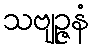
သဗျဉ္ဇနံ